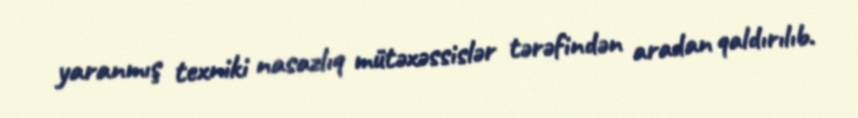
yaranmış texniki nasazlıq mütəxəssislər tərəfindən aradan qaldırılıb.